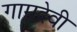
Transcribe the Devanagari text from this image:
गामदेवी